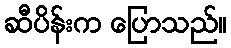
ဆီပိန်းက ပြောသည်။